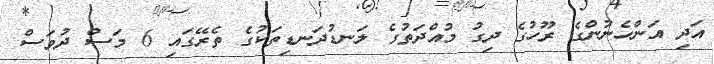
އަދި އަންހެނުންގެ ރޫހުގެ ދިގު މުއްދަތުގެ ލަނޑުދަނޑިތަކުގެ ތެރޭގައި 6 މަސް ދުވަސް